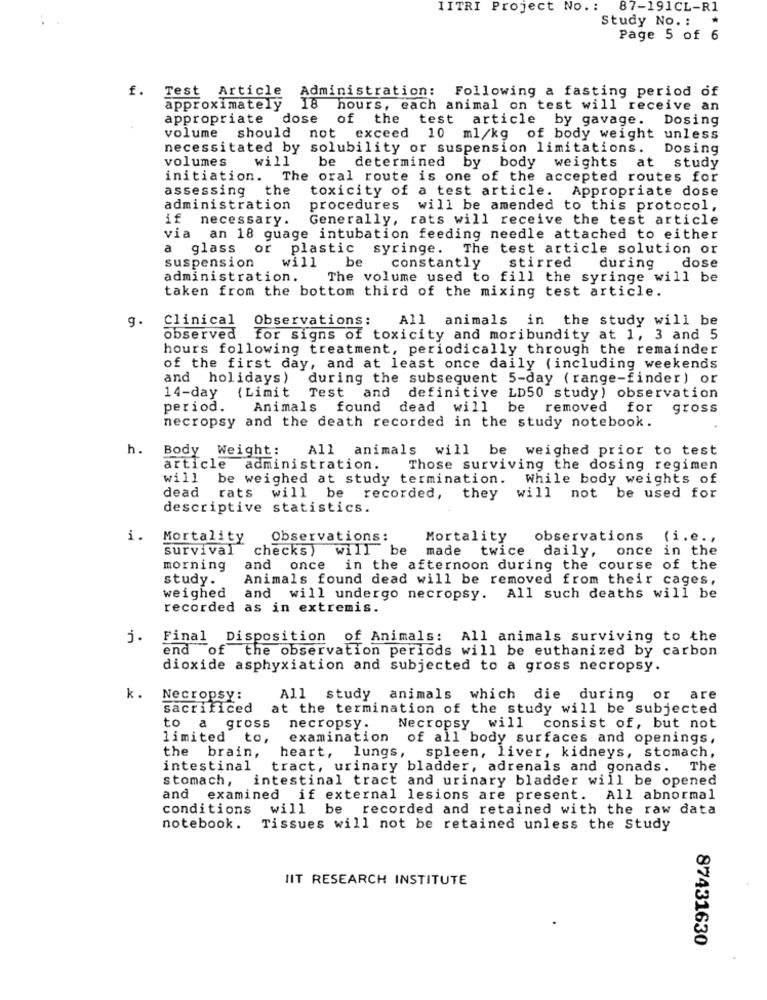
IITRI Project No .:
87-191CL-R1
Study No. :
Page 5 of
f.
Test Article Administration: Following a fasting period of
approximately
18
hours, each animal on test will receive an
appropriate dose
of the test article by gavage. Dosing
volume should not exceed 10 ml/kg of body weight unless
necessitated by solubility or suspension limitations.
Dosing
volumes
will
be determined by body weights at study
initiation. The oral route is one of the accepted routes for
assessing
the
toxicity of a test article. Appropriate dose
administration
procedures
will be amended to this protocol,
if necessary.
Generally, rats will receive the test article
via an 18 guage intubation feeding needle attached to either
a glass or
plastic syringe. The test article solution or
suspension
will
be
constantly
stirred
dose
during
administration.
The volume used to fill the syringe will be
taken from the bottom third of the mixing test article.
g.
Clinical
Observations:
All animals in the study will be
observed
for signs of toxicity and moribundity at 1, 3 and 5
hours following treatment, periodically through the remainder
of the first day, and at least once daily (including weekends
and holidays)
during the subsequent 5-day ( range-finder) or
14-day (Limit
Test and definitive LD50 study) observation
period.
Animals found dead will be
removed for gross
necropsy and the death recorded in the study notebook.
h.
Body Weight:
All animals will be weighed prior to test
article administration.
Those surviving the dosing regimen
will be weighed at study termination. While body weights of
will be
dead rats
recorded, they will not be used for
descriptive statistics.
i.
Mortality
Observations:
Mortality
observations
(i.e .,
survival
checks )
"will be
made
twice daily,
once in the
morning
and once in the afternoon during the course of the
study.
Animals found dead will be removed from their cages,
weighed
and will undergo necropsy. All such deaths will be
recorded as in extremis.
j.
Final Disposition of Animals: All animals surviving to the
end of
the observation periods will be euthanized by carbon
dioxide asphyxiation and subjected to a gross necropsy.
k.
Necropsy:
All study animals which die during or are
sacrificed at the termination of the study will be subjected
o a gross
necropsy.
Necropsy
will consist of, but not
limited to,
examination of all body surfaces and openings,
the brain,
heart, lungs, spleen, liver, kidneys, stomach,
intestinal
tract, urinary bladder, adrenals and gonads. The
stomach, intestinal tract and urinary bladder will be opened
and examined if external lesions are present. All abnormal
conditions will be recorded and retained with the raw data
notebook. Tissues will not be retained unless the Study
NIT RESEARCH INSTITUTE
87431630